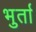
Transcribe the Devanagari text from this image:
भुर्ता